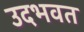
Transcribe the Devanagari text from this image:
उदभवत